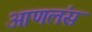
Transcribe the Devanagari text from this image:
आणलंस